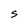
Character: S